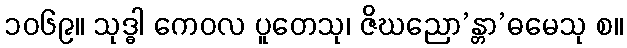
၁၀၆၉။ သုဒ္ဓါ ကေဝလ ပူတေသု၊ ဇိဃညော’န္တာ’ဓမေသု စ။